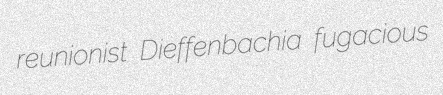
reunionist Dieffenbachia fugacious